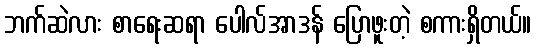
ဘက်ဆဲလား စာရေးဆရာ ပေါလ်အာဒန် ပြောဖူးတဲ့ စကားရှိတယ်။